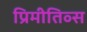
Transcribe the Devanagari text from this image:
प्रिमीतिव्स